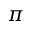
\pi